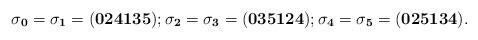
LaTeX: \begin{align*} \sigma_{\mathbf{0}}=\sigma_{\mathbf{1}}&=(\mathbf{0}\mathbf{2}\mathbf{4}\mathbf{1}\mathbf{3}\mathbf{5}); \sigma_{\mathbf{2}}=\sigma_{\mathbf{3}}=(\mathbf{0}\mathbf{3}\mathbf{5}\mathbf{1}\mathbf{2}\mathbf{4}); \sigma_{\mathbf{4}}=\sigma_{\mathbf{5}}=(\mathbf{0}\mathbf{2}\mathbf{5}\mathbf{1}\mathbf{3}\mathbf{4}). \end{align*}